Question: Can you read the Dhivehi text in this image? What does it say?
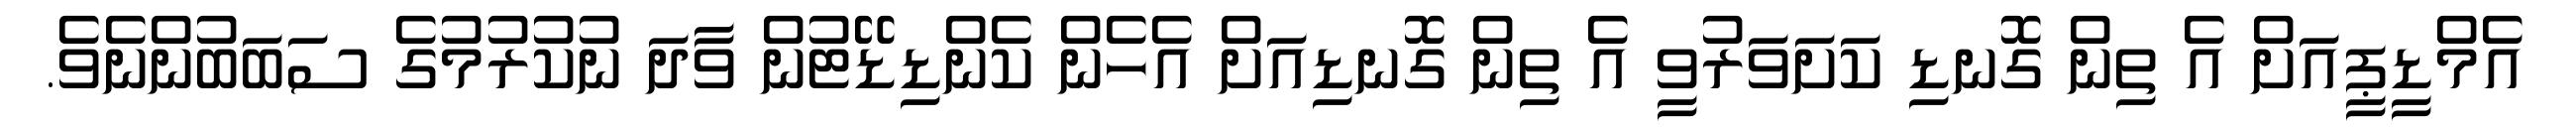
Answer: އެމްޑީޕީއަށް އެ ތިން ގޮނޑި ކަށަވަރުވީ އެ ތިން ގޮނޑިއަށް އެހެން ކެންޑިޑޭޓުން ވާދަ ނުކުރުމުގެ ސަބަބުންނެވެ.